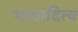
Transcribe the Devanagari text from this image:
भावादित्य